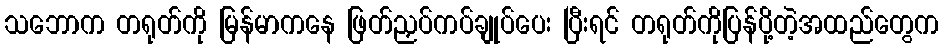
သဘောက တရုတ်ကို မြန်မာကနေ ဖြတ်ညှပ်ကပ်ချုပ်ပေး ပြီးရင် တရုတ်ကိုပြန်ပို့တဲ့အထည်တွေက